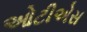
ઓટીએસ